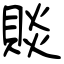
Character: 賧